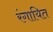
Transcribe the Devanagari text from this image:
रंगायित